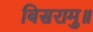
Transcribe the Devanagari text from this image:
बिसरामु॥